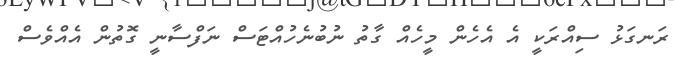
ރަނގަޅު ސިއްރަކީ އެ އެހެން މީހެއް ގާތު ނުބުނެހުއްޓަސް ނަފްސާނީ ގޮތުން އެއްވެސް